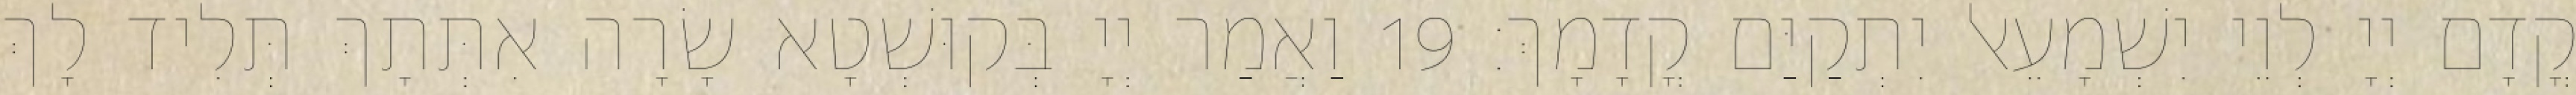
קֳדָם יְיָ לְוֵי יִשְׁמָעֵאל יִתְקַיַּם קֳדָמָךְ׃ 19 וַאֲמַר יְיָ בְּקוּשְׁטָא שָׂרָה אִתְּתָךְ תְּלִיד לָךְ